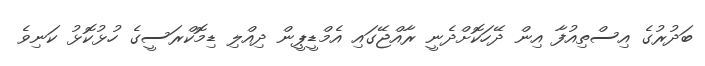
ބަދުރުގެ އިސްތިއުފާ އިން ދޭހަކޮށްދެނީ ރާއްޖޭގައި އެމްޑީޕީން ދިއްލި ޑިމޮކްރަސީގެ ހުޅުކޮޅު ކަނިވެ